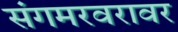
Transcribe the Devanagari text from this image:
संगमरवरावर